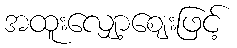
အထူးလျှော့ဈေးဖြင့်